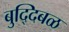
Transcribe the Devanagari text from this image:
बुद्दिबळ